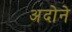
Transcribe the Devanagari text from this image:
अदोने